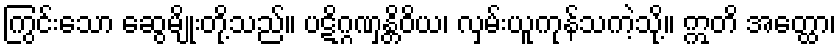
ကြွင်းသော ဆွေမျိုးတို့သည်။ ပဋိဂ္ဂဏှန္တိဝိယ၊ လှမ်းယူကုန်သကဲ့သို့။ ဣတိ အတ္ထော၊